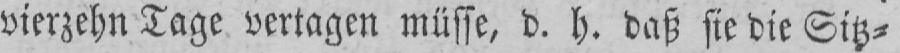
vierzehn Tage vertagen müsse, d. h. daß sie die Sitz⸗